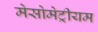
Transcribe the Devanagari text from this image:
मेसोमेट्रीयम